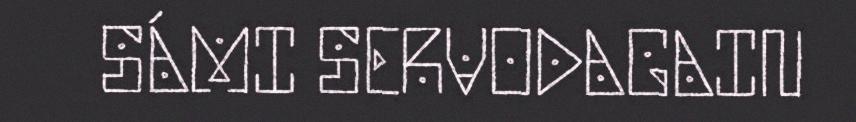
SÁMI SERVODAGAIN